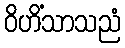
ဝိဟိံသာသညံ